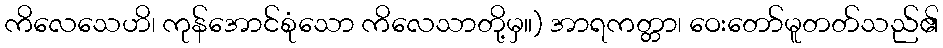
ကိလေသေဟိ၊ ကုန်အောင်စုံသော ကိလေသာတို့မှ။) အာရကတ္တာ၊ ဝေးတော်မူတတ်သည်၏